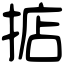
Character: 掂